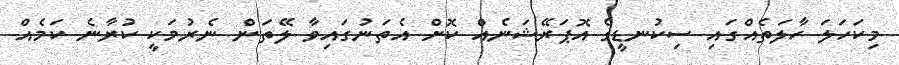
މިކަހަލަ ހާލަތެއްގައި ސިކުނޑީގެ އޮޕަރޭޝަނެއް ކޮށް އެތަނުގައިވާ ލޭތަން ނެރުމަކީ ކުރާނެ ކަމެއް